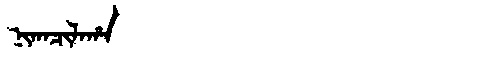
Manchu: ᠨᡳᡴᠠᠴᡳᠯᠠᡥᠠ
Romanization: NIKACILAHA